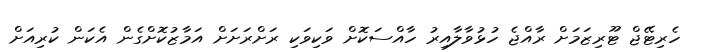
ހެރިޓޭޖް ޓޫރިޒަމަށް ރާއްޖެ ހުޅުވާލާއިރު ހާއްސަކޮށް ވަކިވަކި ރަށްރަށަށް އަމާޒުކޮށްގެން އެކަން ކުރިއަށް